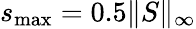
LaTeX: s_{\operatorname*{max}}=0.5\| S\| _{\infty}